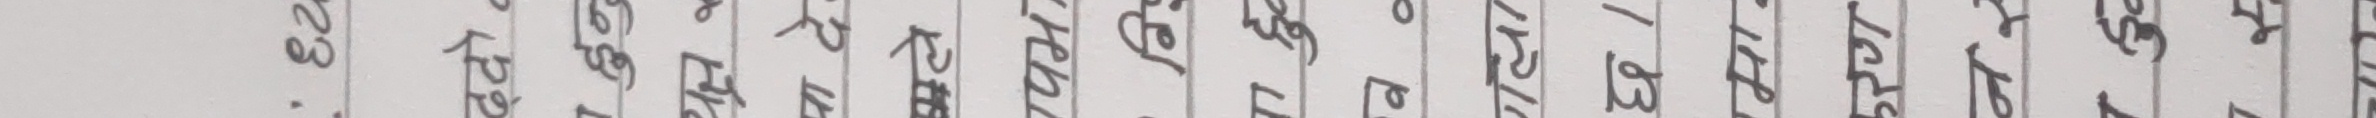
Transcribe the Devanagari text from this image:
मा केही